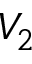
V _ { 2 }